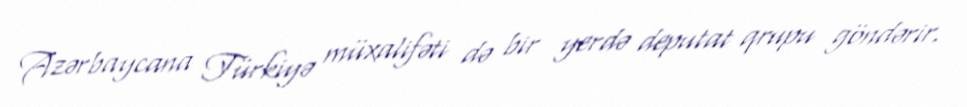
Azərbaycana Türkiyə müxalifəti də bir yerdə deputat qrupu göndərir.